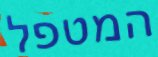
המטפל